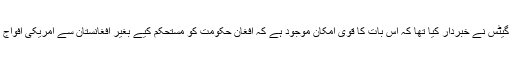
خیال رہے کہ چند روز قبل ہی سابق امریکی سیکریٹری دفاع رابرٹ گیٹس نے خبردار کیا تھا کہ اس بات کا قوی امکان موجود ہے کہ افغان حکومت کو مستحکم کیے بغیر افغانستان سے امریکی افواج کے انخلا کی صورت میں طالبان ملک کا کنٹرول سنبھال سکتے ہیں۔